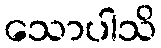
သောပါသိ